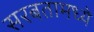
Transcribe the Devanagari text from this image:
सरबतामध्ये